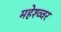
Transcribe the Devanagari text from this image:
महेश्व्वर